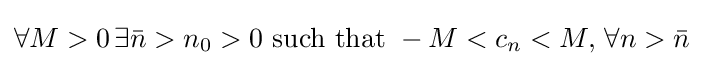
\forall M>0\,\exists {\bar {n}}>n_{0}>0{\text{ such that }}-M<c_{n}<M,\,\forall n>{\bar {n}}